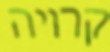
קרויה